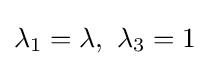
\lambda _{1}=\lambda ,~\lambda _{3}=1